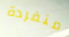
منفردة